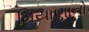
મિયાણાનો